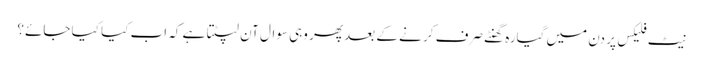
نیٹ فلیکس پر دن میں گیارہ گھنٹے صرف کر نے کے بعد پھر وہی سوال آن لپٹتا ہے کہ اب کیا کیا جائے؟